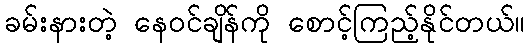
ခမ်းနားတဲ့ နေဝင်ချိန်ကို စောင့်ကြည့်နိုင်တယ်။